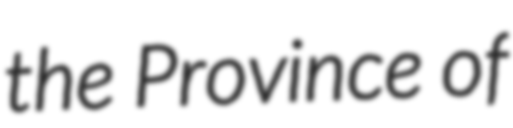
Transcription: the Province of